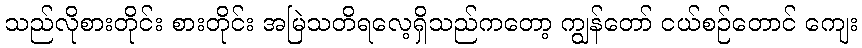
သည်လိုစားတိုင်း စားတိုင်း အမြဲသတိရလေ့ရှိသည်ကတော့ ကျွန်တော် ငယ်စဉ်တောင် ကျေး